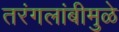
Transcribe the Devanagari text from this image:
तरंगलांबीमुळे